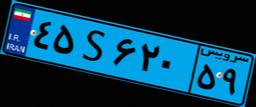
۴۵S۶۲۰۵۹